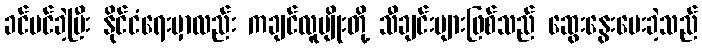
ခင်မင်ခဲ့ပြီး နိုင်ငံရေးမှာလည်း ကချင်လူမျိုးတို့ သီချင်းများဖြစ်သည် ဆွေးနွေးပေးခဲ့သည်